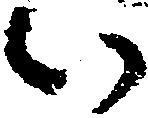
い